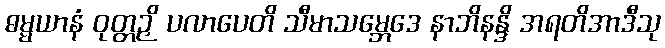
ဓမ္မယာနံ ဝုတ္တဉှိ ပလာပေတိ သီမာသမ္ဘေဒေ နာဘိနန္ဒိ အရတိအာဒီသု